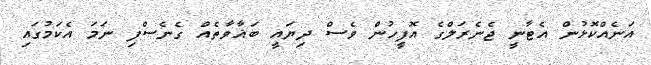
އަނެއްކޮޅުން އެޓާނީ ޖެނެރަލްގެ އޮފީހުން ވެސް ދިޔައީ ބަޣާވާތެއް ގެނެސްފި ނަމަ އެކަމުގައި